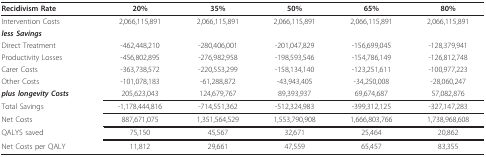
<table><thead><tr><td><b>Recidivism Rate</b></td><td><b>20%</b></td><td><b>35%</b></td><td><b>50%</b></td><td><b>65%</b></td><td><b>80%</b></td></tr></thead><tbody><tr><td>Intervention Costs</td><td>2,066,115,891</td><td>2,066,115,891</td><td>2,066,115,891</td><td>2,066,115,891</td><td>2,066,115,891</td></tr><tr><td><b><i>less Savings </i></b></td><td></td><td></td><td></td><td></td><td></td></tr><tr><td>Direct Treatment</td><td>-462,448,210</td><td>-280,406,001</td><td>-201,047,829</td><td>-156,699,045</td><td>-128,379,941</td></tr><tr><td>Productivity Losses</td><td>-456,802,895</td><td>-276,982,958</td><td>-198,593,546</td><td>-154,786,149</td><td>-126,812,748</td></tr><tr><td>Carer Costs</td><td>-363,738,572</td><td>-220,553,299</td><td>-158,134,140</td><td>-123,251,611</td><td>-100,977,223</td></tr><tr><td>Other Costs</td><td>-101,078,183</td><td>-61,288,872</td><td>-43,943,405</td><td>-34,250,008</td><td>-28,060,247</td></tr><tr><td><b><i>plus longevity Costs</i></b></td><td>205,623,043</td><td>124,679,767</td><td>89,393,937</td><td>69,674,687</td><td>57,082,876</td></tr><tr><td>Total Savings</td><td>-1,178,444,816</td><td>-714,551,362</td><td>-512,324,983</td><td>-399,312,125</td><td>-327,147,283</td></tr><tr><td>Net Costs</td><td>887,671,075</td><td>1,351,564,529</td><td>1,553,790,908</td><td>1,666,803,766</td><td>1,738,968,608</td></tr><tr><td>QALYS saved</td><td>75,150</td><td>45,567</td><td>32,671</td><td>25,464</td><td>20,862</td></tr><tr><td>Net Costs per QALY</td><td>11,812</td><td>29,661</td><td>47,559</td><td>65,457</td><td>83,355</td></tr></tbody></table>